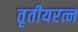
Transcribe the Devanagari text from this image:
तृतीयरत्न